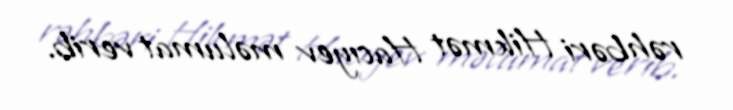
rəhbəri Hikmət Hacıyev məlumat verib.